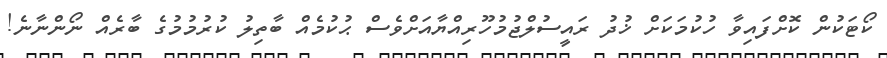
ކޯޓަކުން ކޮށްފައިވާ ހުކުމަކަށް ޚުދު ރައީސުލްޖުމުހޫރިއްޔާއަށްވެސް ޙުކުމެއް ބާތިލު ކުރުމުމުގެ ބާރެއް ނޯންނާނެ!